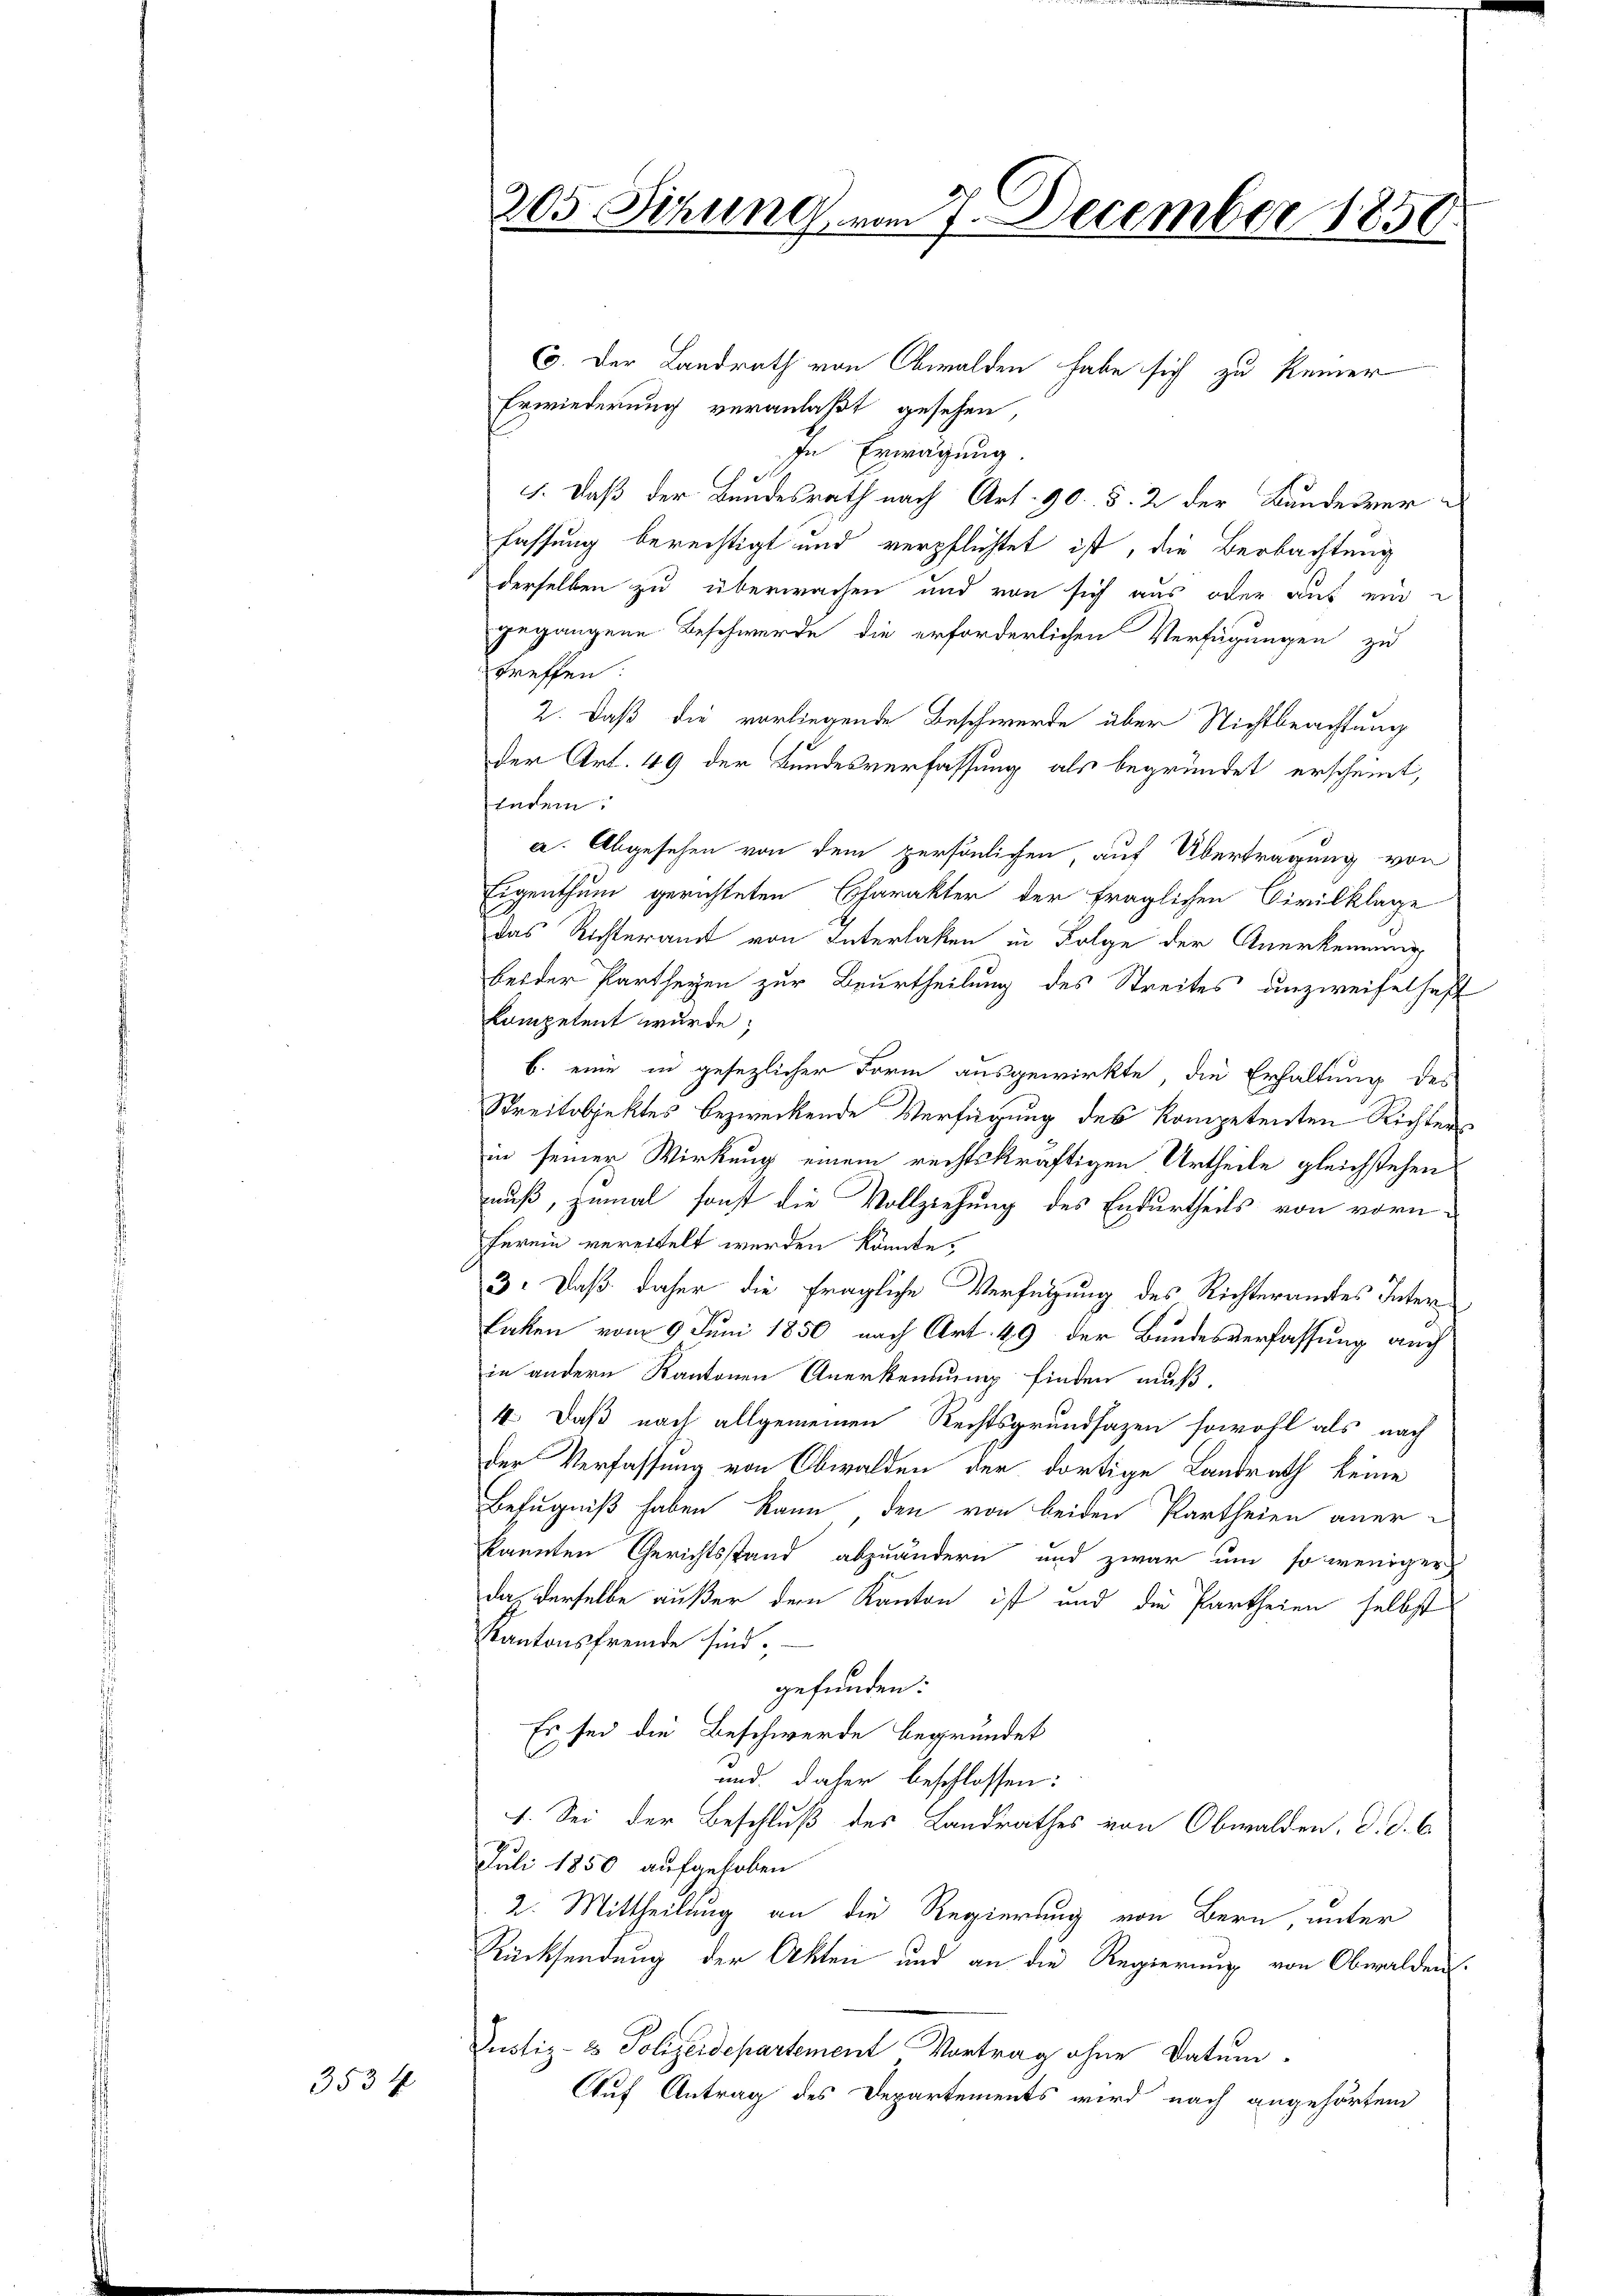
3534

C. Der Landrath von Obwalden habe sich zu keiner
Erwiederung veranlaßt gesehen,
In Erwägung.
1. Daß der Bundesrath nach Art. 90. §. 2 der Bundesver-
fassung berechtigt und verpflichtet ist, die Beobachtung
derselben zu überwachen und von sich aus oder auf ein
gegangene Beschwerde die erforderlichen Verfügungen zu
treffen:
2. Daß die vorliegende Beschwerde über Nichtbeachtung
der Art. 49 der Bundesverfassung als begründet erscheint,
Indem:
a. Abgesehen von dem persönlichen, auf Übertragung von
Eigenthum gerichteten Charakter der fraglichen Civilklage
das Richteramt von Interlaken in Folge der Anerkennung
beider Partheyen zur Beurtheilung des Streites unzweifelhaft
kompetent wurde;
b. eine in gesezlicher Form ausgewirkte die Erhaltung des
Streitobjektes bezweckende Verfügung des Kompetenten Richters
in seiner Wirkung einem rechtskräftigen Urtheile gleichstehen
nuß, zumal sonst die Vollziehung des Endurtheils von vornherein vereitelt werden könnte.
3: Daß daher die fragliche Verfügung des Richteramtes Inter¬
Laken vom 9. Juni 1850 nach Art. 49 der Bundesverfassung auch
in andern Kantonen Anerkennung finden muß.
4. Daß nach allgemeinen Rechtsgrundsazen sowohl als nach
der Verfassung von Obwalden der dortige Landrath keine
Befugniß haben kann, den von beiden Partheien aner-
kannten Gerichtsstand abzuändern und zwar um so weniger
das derselbe außer dem Kanton ist und die Partheien selbst
Kantonsfremde sind;
gefunden:
Es sei die Beschwerde begründet
und daher beschlossen:
1. Sei der Beschluß des Landrathes von Obwalden, d. d. 6.
Juli 1850 aufgehoben
2. Mittheilung an die Regierung von Bern, unter
Rücksendung der Akten und an die Regierung von Obwalden.
Justiz- & Polizeidepartement Vortrag ohne Datum
Auf Antrag des Departements wird nach angehörten

205 Sitzung vom 7. December 1858